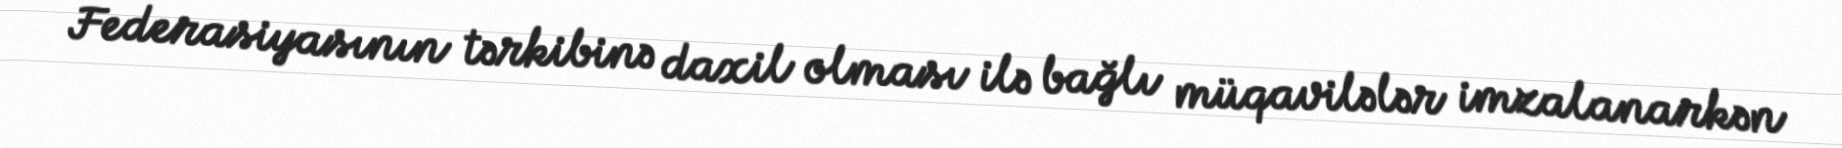
Federasiyasının tərkibinə daxil olması ilə bağlı müqavilələr imzalanarkən